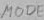
Text: MODE